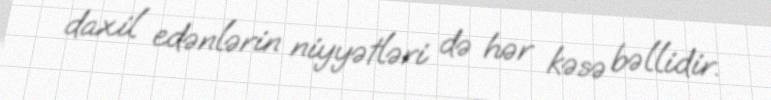
daxil edənlərin niyyətləri də hər kəsə bəllidir.